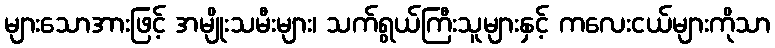
များသောအားဖြင့် အမျိုးသမီးများ၊ သက်ရွယ်ကြီးသူများနှင့် ကလေးငယ်များကိုသာ